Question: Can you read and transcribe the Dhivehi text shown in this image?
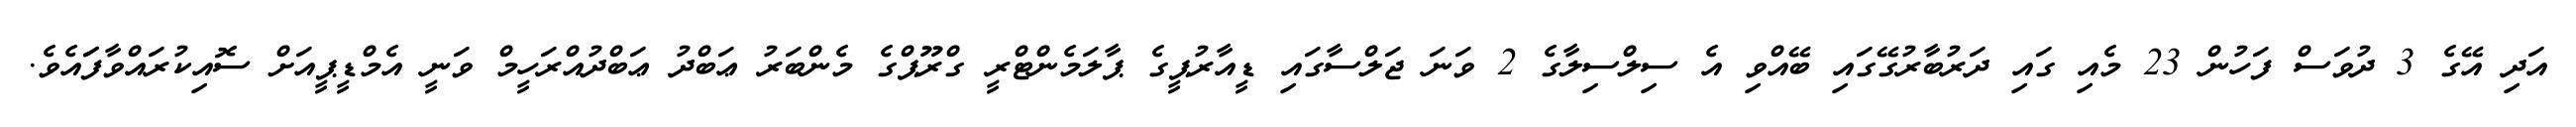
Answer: އަދި އޭގެ 3 ދުވަސް ފަހުން 23 މެއި ގައި ދަރުބާރުގޭގައި ބޭއްވި އެ ސިލްސިލާގެ 2 ވަނަ ޖަލްސާގައި ޑީއާރުޕީގެ ޕާލަމެންޓްރީ ގްރޫޕްގެ މެންބަރު ޢަބްދު ޢަބްދުއްރަހީމް ވަނީ އެމްޑީޕީއަށް ސޮއިކުރައްވާފަައެވެ.